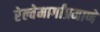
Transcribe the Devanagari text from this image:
रेल्वेमार्गांप्रमाणे